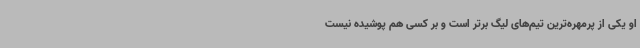
او یکی از پرمهره‌ترین تیم‌های لیگ برتر است و بر کسی هم پوشیده نیست